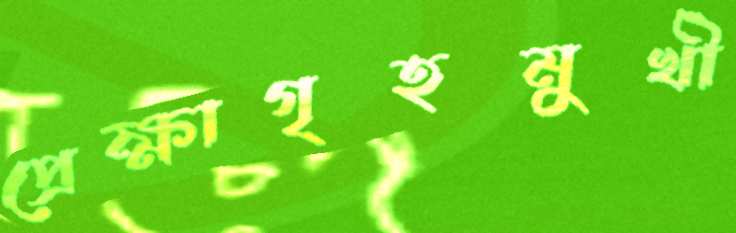
প্রেক্ষাগৃহমুখী